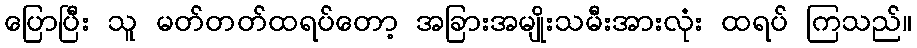
ပြောပြီး သူ မတ်တတ်ထရပ်တော့ အခြားအမျိုးသမီးအားလုံး ထရပ် ကြသည်။